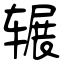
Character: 辗